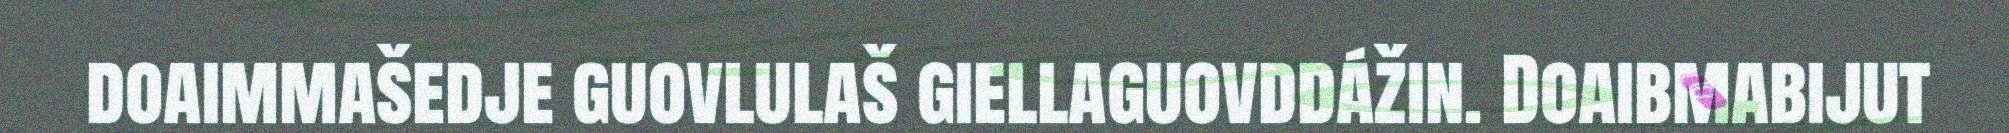
doaimmašedje guovlulaš giellaguovddážin. Doaibmabijut